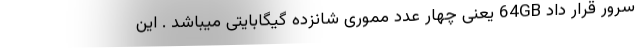
سرور قرار داد 64GB یعنی چهار عدد مموری شانزده گیگابایتی میباشد . این